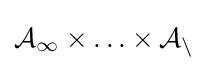
{\mathcal {A_{1}}}\times \ldots \times {\mathcal {A_{n}}}